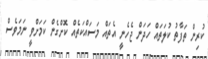
ކުރިން ތަފާތު ކުލަތައް ހަދަން ޖެހެނީ އެތައް މަސައްކަތެއް ކޮށްގެން ކަމަށްވީ ނަމަވެސް